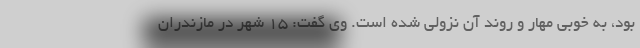
بود، به خوبی مهار و روند آن نزولی شده است. وی گفت: 15 شهر در مازندران